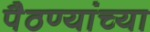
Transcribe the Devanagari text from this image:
पैठण्यांच्या